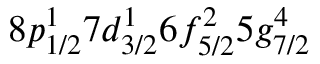
8 p _ { 1 / 2 } ^ { 1 } 7 d _ { 3 / 2 } ^ { 1 } 6 f _ { 5 / 2 } ^ { 2 } 5 g _ { 7 / 2 } ^ { 4 }